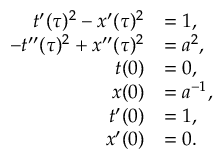
\begin{array} { r l } { t ^ { \prime } ( \tau ) ^ { 2 } - x ^ { \prime } ( \tau ) ^ { 2 } } & { = 1 , } \\ { - t ^ { \prime \prime } ( \tau ) ^ { 2 } + x ^ { \prime \prime } ( \tau ) ^ { 2 } } & { = a ^ { 2 } , } \\ { t ( 0 ) } & { = 0 , } \\ { x ( 0 ) } & { = a ^ { - 1 } , } \\ { t ^ { \prime } ( 0 ) } & { = 1 , } \\ { x ^ { \prime } ( 0 ) } & { = 0 . } \end{array}